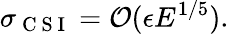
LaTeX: \sigma_{\mathrm{~C~S~I~}}=\mathcal{O}(\epsilon E^{1/5}).